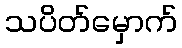
သပိတ်မှောက်